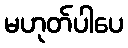
မဟုတ်ပါပေ